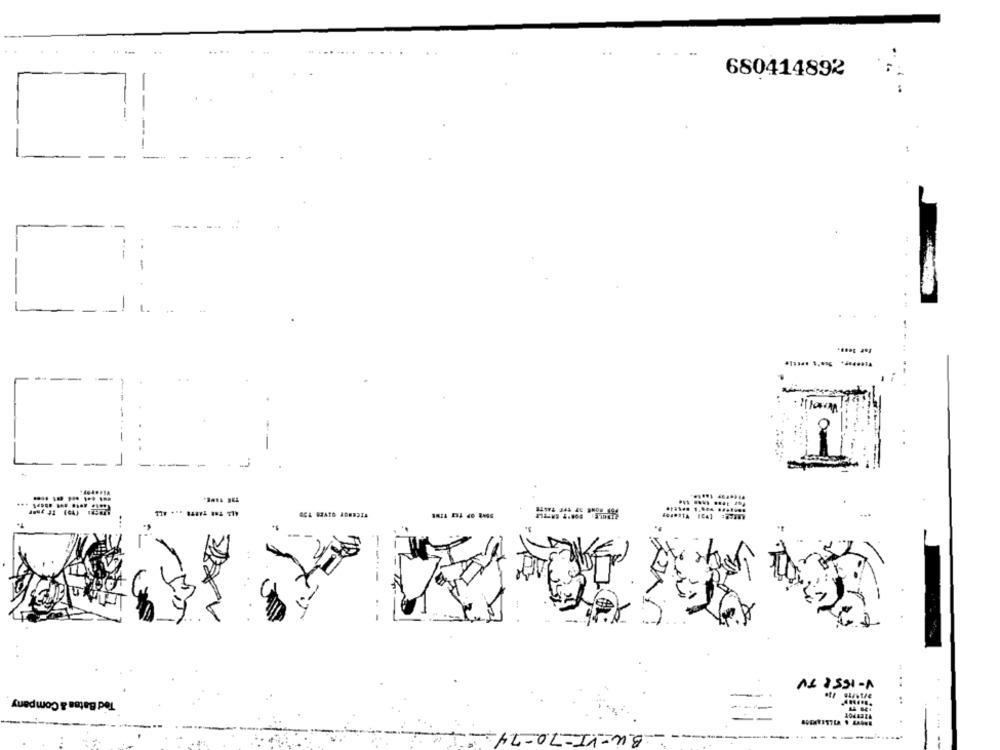
...
....
..
680414892
..
Ted Batsa & Company
A& 2531-A
BU-VI-70-
--
---